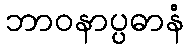
ဘာဝနာပ္ပဓာနံ